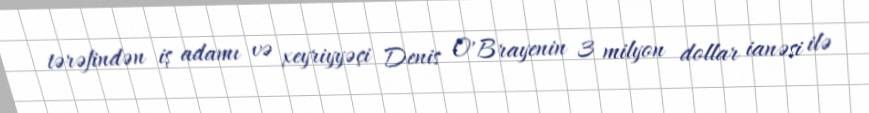
tərəfindən iş adamı və xeyriyyəçi Denis O'Brayenin 3 milyon dollar ianəsi ilə